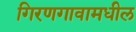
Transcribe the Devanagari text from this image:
गिरणगावामधील